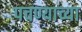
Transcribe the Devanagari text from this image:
पचण्याच्या